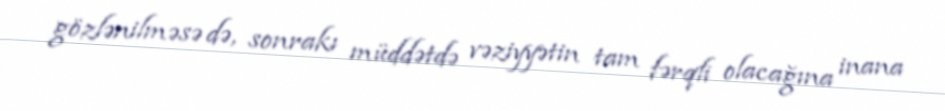
gözlənilməsə də, sonrakı müddətdə vəziyyətin tam fərqli olacağına inana